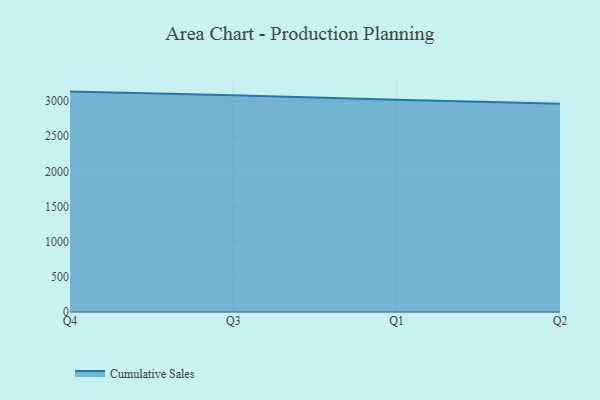
{"axis": {"x": "Quarter", "y": "Active Users"}, "legend": ["Cumulative Sales"], "data": [{"x": "Q4", "y": 3135.0, "type": "Cumulative Sales"}, {"x": "Q3", "y": 3083.0, "type": "Cumulative Sales"}, {"x": "Q1", "y": 3019.3, "type": "Cumulative Sales"}, {"x": "Q2", "y": 2960.6, "type": "Cumulative Sales"}]}